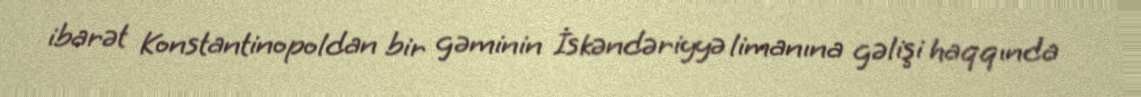
ibarət Konstantinopoldan bir gəminin İskəndəriyyə limanına gəlişi haqqında